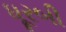
ધૂરબી